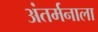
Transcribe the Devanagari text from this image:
अंतर्मनाला